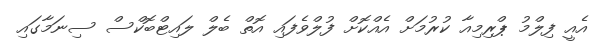
އެއީ ފިލްމު ޕްރިމިއާ ކުރުމަށް އެއްކޮށް ފުލްވެފައި އޮތް ބެލް ލައިޓްބޮކްސް ސިނަމާގައި